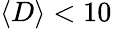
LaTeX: \langle D\rangle<10\